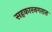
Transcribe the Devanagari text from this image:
सहकारनगरात